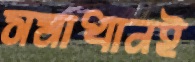
সমাধানই